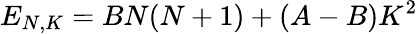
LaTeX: E_{N,K}=BN(N+1)+(A-B)K^{2}